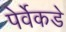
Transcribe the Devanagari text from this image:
पेर्वेकडे